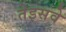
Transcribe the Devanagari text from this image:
तेइसवे